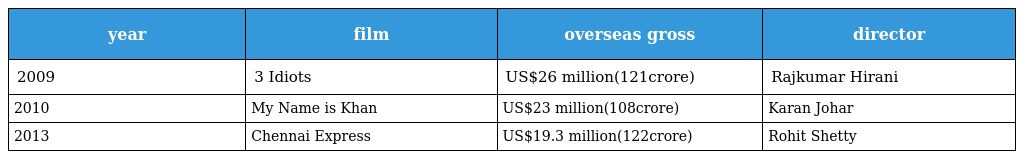
| year | film | overseas gross | director |
 | --- | --- | --- | --- |
 | 2009 | 3 Idiots | US$26 million(121crore) | Rajkumar Hirani |
 | 2010 | My Name is Khan | US$23 million(108crore) | Karan Johar |
 | 2013 | Chennai Express | US$19.3 million(122crore) | Rohit Shetty |